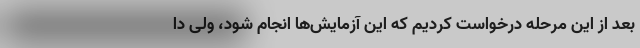
بعد از این مرحله درخواست کردیم که این آزمایش‌ها انجام شود، ولی دا